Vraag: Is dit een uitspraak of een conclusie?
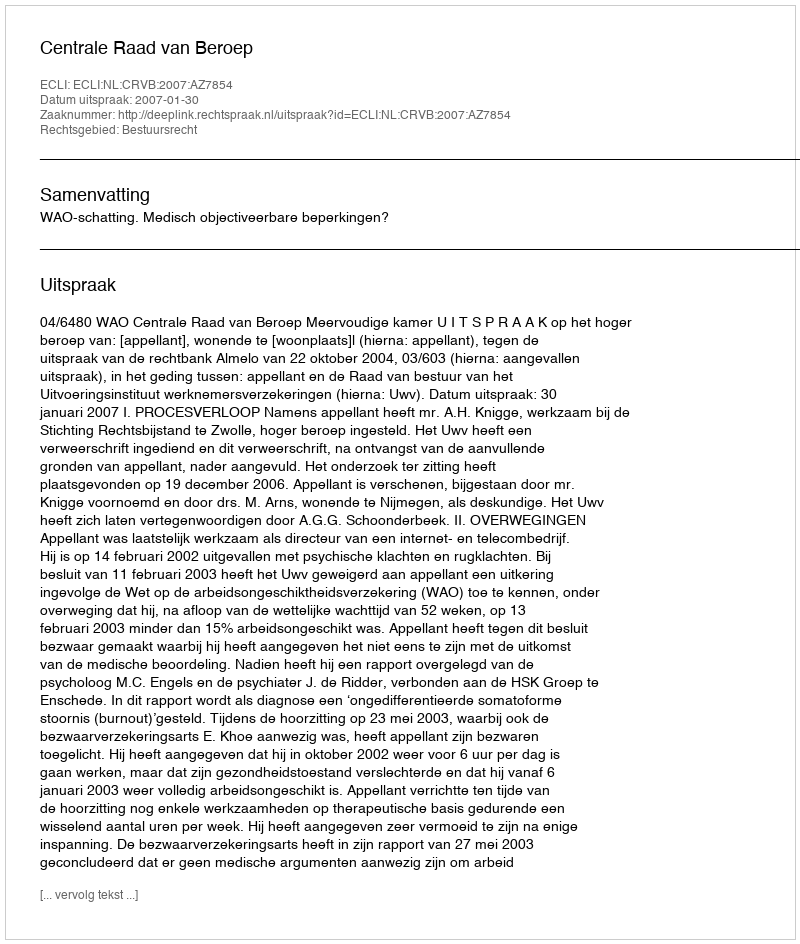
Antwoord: Uitspraak